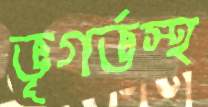
ভূগর্ভস্থ